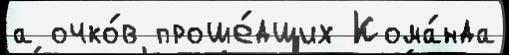
а очко́в проше́дших Кома́нда